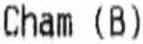
CHAM (B)